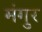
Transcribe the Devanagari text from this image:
मंगुर